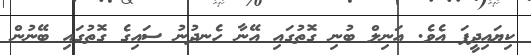
ކިޔައިދީފަ އެވެ. އަނިލް ބުނި ގޮތުގައި އޭނާ ހެނދުނު ސައިގެ ގޮތުގައި ބޭނުން